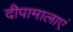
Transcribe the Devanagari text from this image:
दीपामालाएं